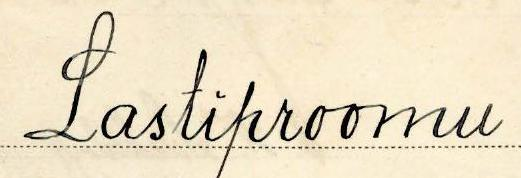
Lastiproomu